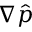
\nabla \hat { p }